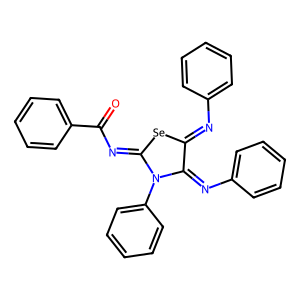
SMILES: O=C(N=C1[Se]C(=Nc2ccccc2)C(=Nc2ccccc2)N1c1ccccc1)c1ccccc1
Inhibits HIV replication: No